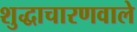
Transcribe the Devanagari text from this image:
शुद्धाचारणवाले